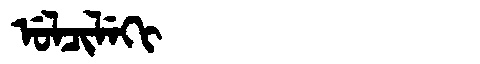
Manchu: ᡠᠯᠴᡳᠯᡝᡴᡳ
Romanization: ULCILEKI